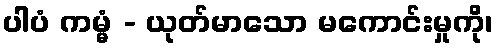
ပါပံ ကမ္မံ - ယုတ်မာသော မကောင်းမှုကို၊